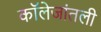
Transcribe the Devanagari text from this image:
कॉलेजांतली